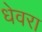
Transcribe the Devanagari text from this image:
धेवरा